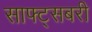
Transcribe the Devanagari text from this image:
साफ्ट्सबरी